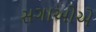
સગાઓએ